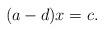
LaTeX: \begin{align*}(a-d)x=c.\end{align*}